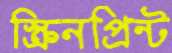
স্ক্রিনপ্রিন্ট